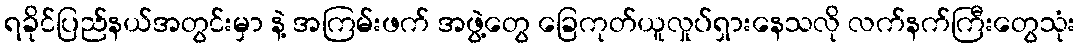
ရခိုင်ပြည်နယ်အတွင်းမှာ နဲ့ အကြမ်းဖက် အဖွဲ့တွေ ခြေကုတ်ယူလှုပ်ရှားနေသလို လက်နက်ကြီးတွေသုံး